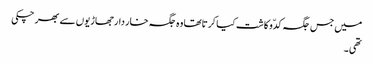
میں جس جگہ کدّو کاشت کیا کرتاتھا وہ جگہ خار دار جھاڑیوں سے بھر چکی
تھی ۔